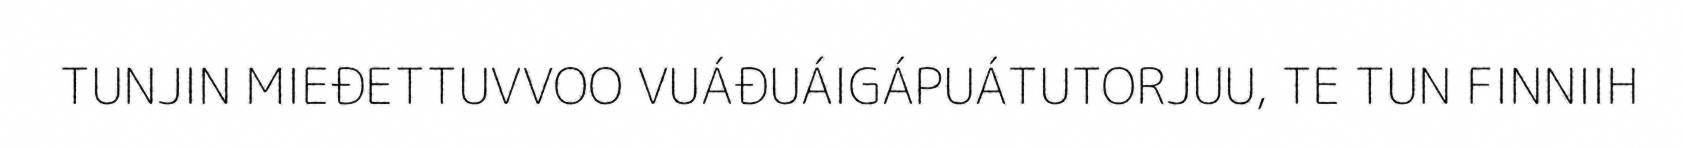
TUNJIN MIEĐETTUVVOO VUÁĐUÁIGÁPUÁTUTORJUU, TE TUN FINNIIH